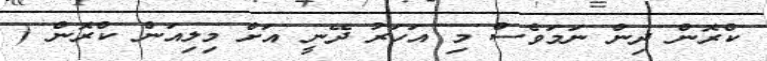
ކްރޮން ދިން ނަމަވެސް މި އަހަރު ދޭނީ އަށް މިލިއަން ކްރޮން (